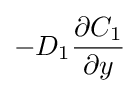
-D_{1}{\frac {\partial C_{1}}{\partial y}}